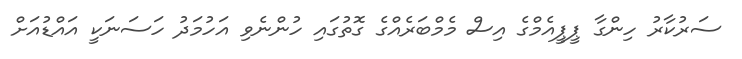
ސަރުކާރު ހިންގާ ޕީޕީއެމްގެ އިސް މެމްބަރެއްގެ ގޮތުގައި ހުންނެވި އަހުމަދު ހަސަނަކީ އައްޑުއަށް